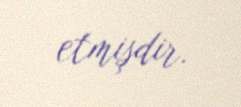
etmişdir.